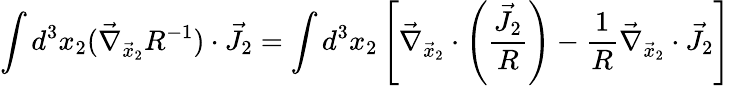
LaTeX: \int d^{3}x_{2}(\vec{\nabla}_{\vec{x}_{2}}R^{-1})\cdot\vec{J}_{2}=\int d^{3}x_{2}\left[\vec{\nabla}_{\vec{x}_{2}}\cdot\left(\frac{\vec{J}_{2}}{R}\right)-\frac{1}{R}\vec{\nabla}_{\vec{x}_{2}}\cdot\vec{J}_{2}\right]